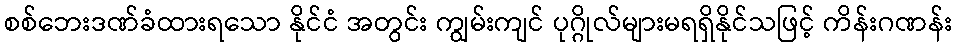
စစ်ဘေးဒဏ်ခံထားရသော နိုင်ငံ အတွင်း ကျွမ်းကျင် ပုဂ္ဂိုလ်များမရရှိနိုင်သဖြင့် ကိန်းဂဏန်း